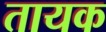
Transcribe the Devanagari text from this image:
तायक